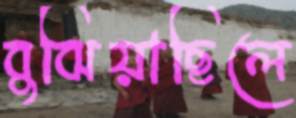
বুঝিয়াছিলে